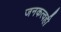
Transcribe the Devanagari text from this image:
जनकत्वही